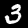
Label: 3